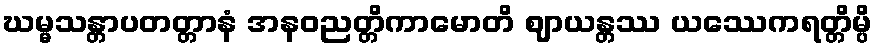
ဃမ္မသန္တာပတတ္တာနံ အနဝညတ္တိကာမောတိ ဈာယန္တဿ ယဿေကရတ္တိမ္ပိ